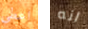
اعطي انه